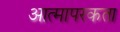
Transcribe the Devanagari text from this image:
आत्मापरकता